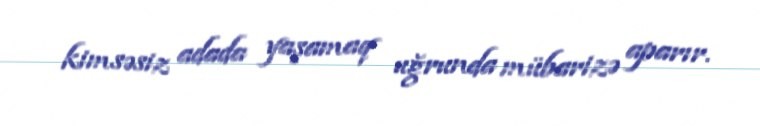
kimsəsiz adada yaşamaq uğrunda mübarizə aparır.